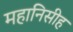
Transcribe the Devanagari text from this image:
महानिसीह